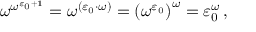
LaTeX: \omega ^ { \omega ^ { \varepsilon _ { 0 } + 1 } } = \omega ^ { ( \varepsilon _ { 0 } \cdot \omega ) } = { ( \omega ^ { \varepsilon _ { 0 } } ) } ^ { \omega } = \varepsilon _ { 0 } ^ { \omega } \, ,